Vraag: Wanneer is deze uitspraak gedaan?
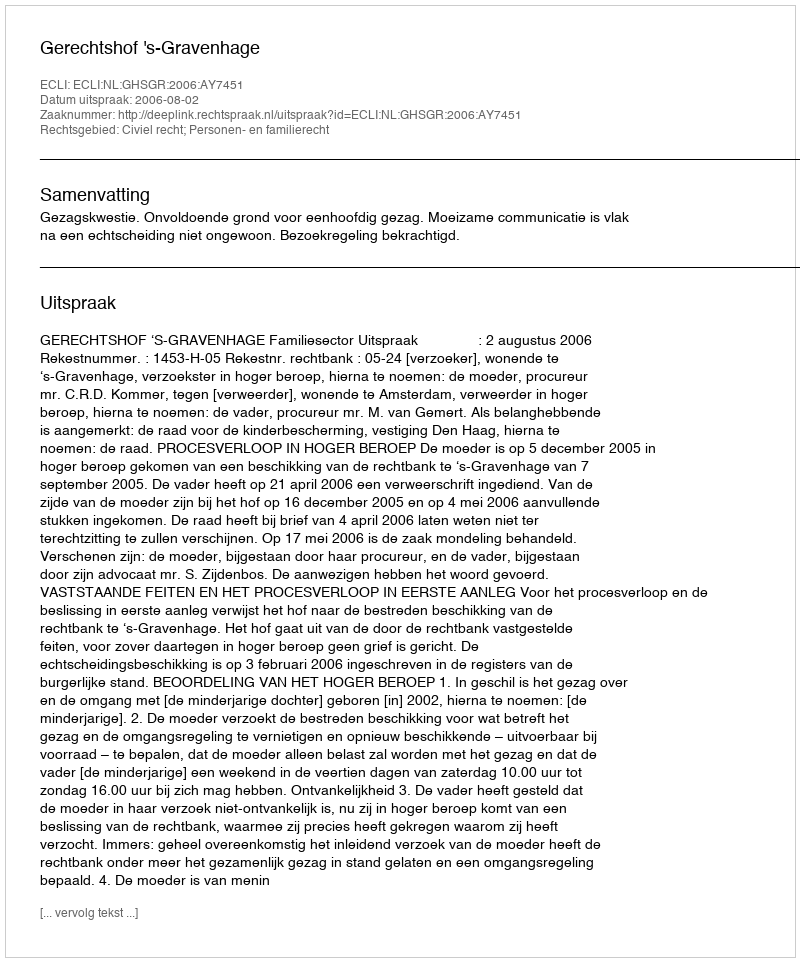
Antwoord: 2006-08-02